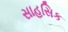
સાહસિક